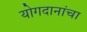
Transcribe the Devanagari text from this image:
योगदानांचा